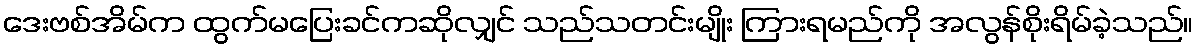
ဒေးဗစ်အိမ်က ထွက်မပြေးခင်ကဆိုလျှင် သည်သတင်းမျိုး ကြားရမည်ကို အလွန်စိုးရိမ်ခဲ့သည်။